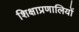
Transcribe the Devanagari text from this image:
शिक्षाप्रणालियों